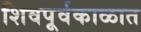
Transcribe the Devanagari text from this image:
शिवपूर्वकाळात